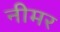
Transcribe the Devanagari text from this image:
नीमर